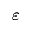
\varepsilon